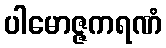
ပါမောဇ္ဇကရဏံ